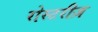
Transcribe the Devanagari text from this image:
रोस्टरीज़